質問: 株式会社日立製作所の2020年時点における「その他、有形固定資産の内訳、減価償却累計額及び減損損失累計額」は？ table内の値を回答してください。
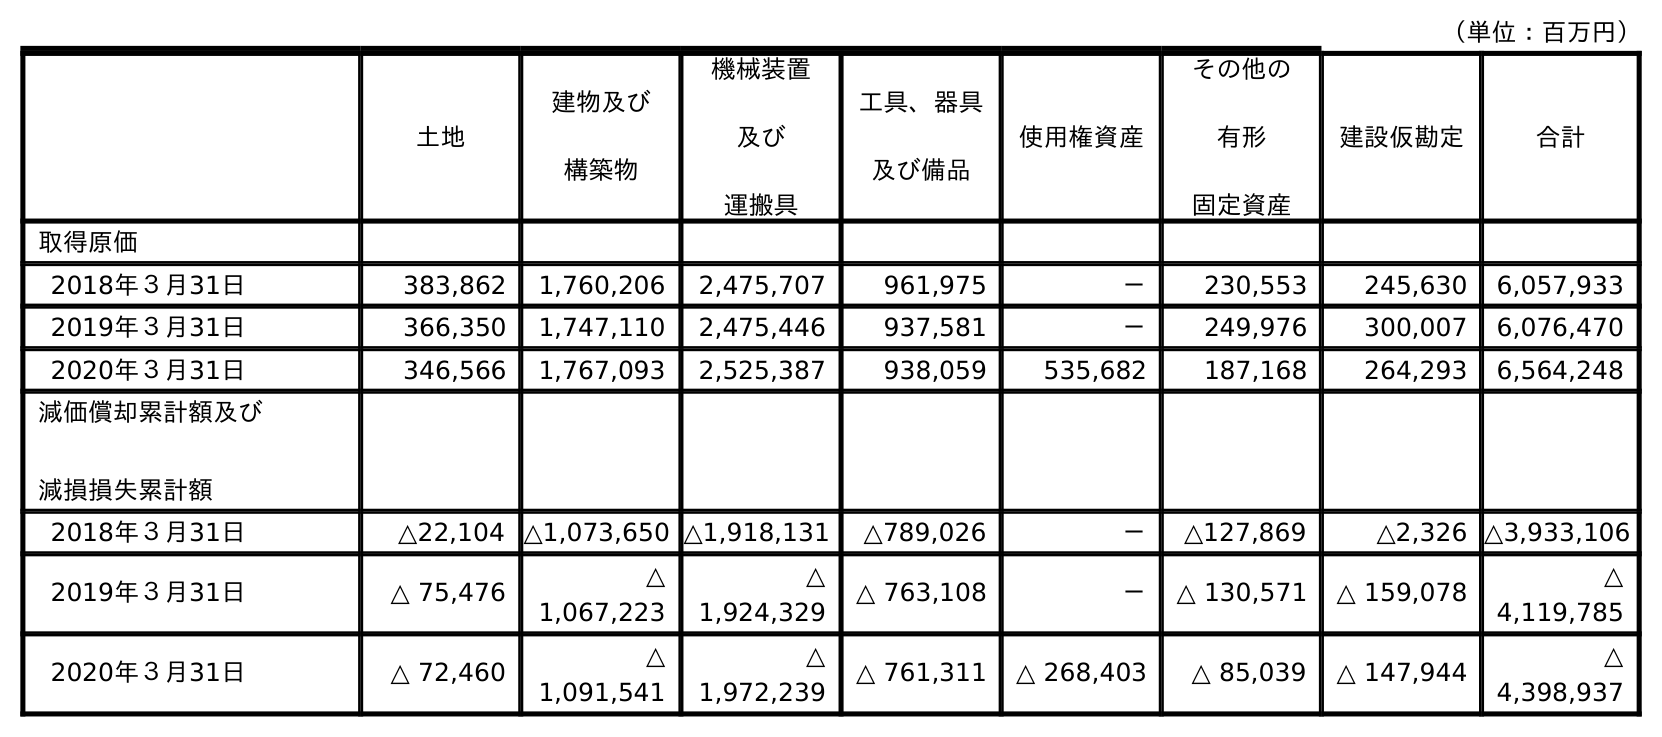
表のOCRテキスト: （単位：百万円） 土地 建物及び 構築物 機械装置 及び 運搬具 工具、器具 及び備品 使用権資産 その他の 有形 固定資産 建設仮勘定 合計 取得原価 2018年３月31日 383,862 1,760,206 2,475,707 961,975 － 230,553 245,630 6,057,933 2019年３月31日 366,350 1,747,110 2,475,446 937,581 － 249,976 300,007 6,076,470 2020年３月31日 346,566 1,767,093 2,525,387 938,059 535,682 187,168 264,293 6,564,248 減価償却累計額及び 減損損失累計額 2018年３月31日 △22,104 △1,073,650 △1,918,131 △789,026 － △127,869 △2,326 △3,933,106 2019年３月31日 △ 75,476 △ 1,067,223 △ 1,924,329 △ 763,108 － △ 130,571 △ 159,078 △ 4,119,785 2020年３月31日 △ 72,460 △ 1,091,541 △ 1,972,239 △ 761,311 △ 268,403 △ 85,039 △ 147,944 △ 4,398,937
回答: △85,039